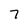
Character: 7